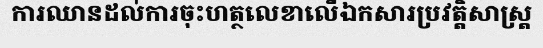
ការឈានដល់ការចុះហត្ថលេខាលើឯកសារប្រវត្តិសាស្ត្រ